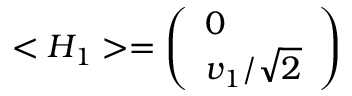
< H _ { 1 } > = \left( \begin{array} { l } { { 0 } } \\ { { v _ { 1 } / \sqrt { 2 } } } \end{array} \right) \;